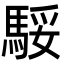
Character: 𩣧